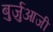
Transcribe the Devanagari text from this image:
बुर्जुआजी